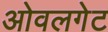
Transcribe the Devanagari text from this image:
ओवलगेट